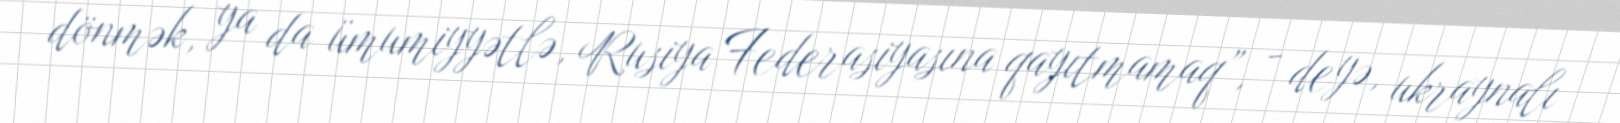
dönmək, ya da ümumiyyətlə, Rusiya Federasiyasına qayıtmamaq”, - deyə, ukraynalı